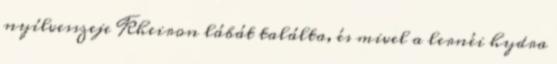
nyílvesszeje Kheiron lábát találta, és mivel a lernéi hydra